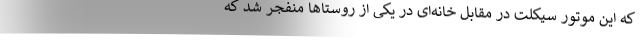
که این موتور سیکلت در مقابل خانه‌ای در یکی از روستاها منفجر شد که